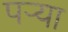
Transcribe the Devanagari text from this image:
पऱ्या